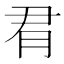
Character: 𪱛